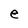
Character: e